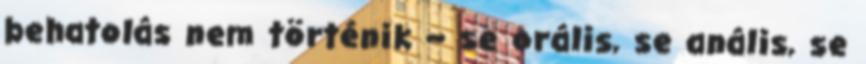
behatolás nem történik – se orális, se anális, se